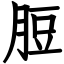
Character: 脰